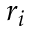
r _ { i }